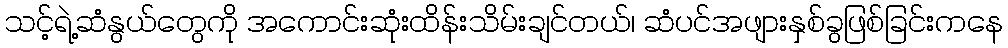
သင့်ရဲ့ဆံနွယ်တွေကို အကောင်းဆုံးထိန်းသိမ်းချင်တယ်၊ ဆံပင်အဖျားနှစ်ခွဖြစ်ခြင်းကနေ